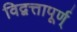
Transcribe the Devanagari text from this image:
विद्वत्तापूर्ण्‌